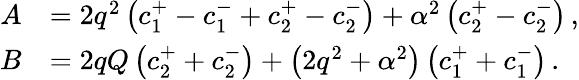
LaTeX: \begin{array}{rl}{A}&{=2q^{2}\left(c_{1}^{+}-c_{1}^{-}+c_{2}^{+}-c_{2}^{-}\right)+\alpha^{2}\left(c_{2}^{+}-c_{2}^{-}\right)\, ,}\\ {B}&{=2qQ\left(c_{2}^{+}+c_{2}^{-}\right)+\left(2q^{2}+\alpha^{2}\right)\left(c_{1}^{+}+c_{1}^{-}\right)\, .}\end{array}